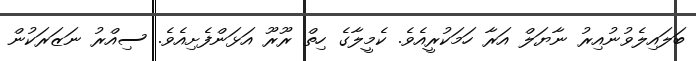
ބަލައިލެވުނުއިރު ނާޔަލް އަރާ ހަމަކުރީއެވެ. ކެމީލާގެ ހިތް ރޫރޫ އަޅަންފެށިއެވެ. ސިއްރު ނަޒަރަކުން